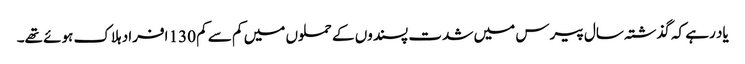
یاد رہے کہ گذشتہ سال پیرس میں شدت پسندوں کے حملوں میں کم سے کم 130 افراد ہلاک ہوئے تھے۔